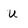
Character: u